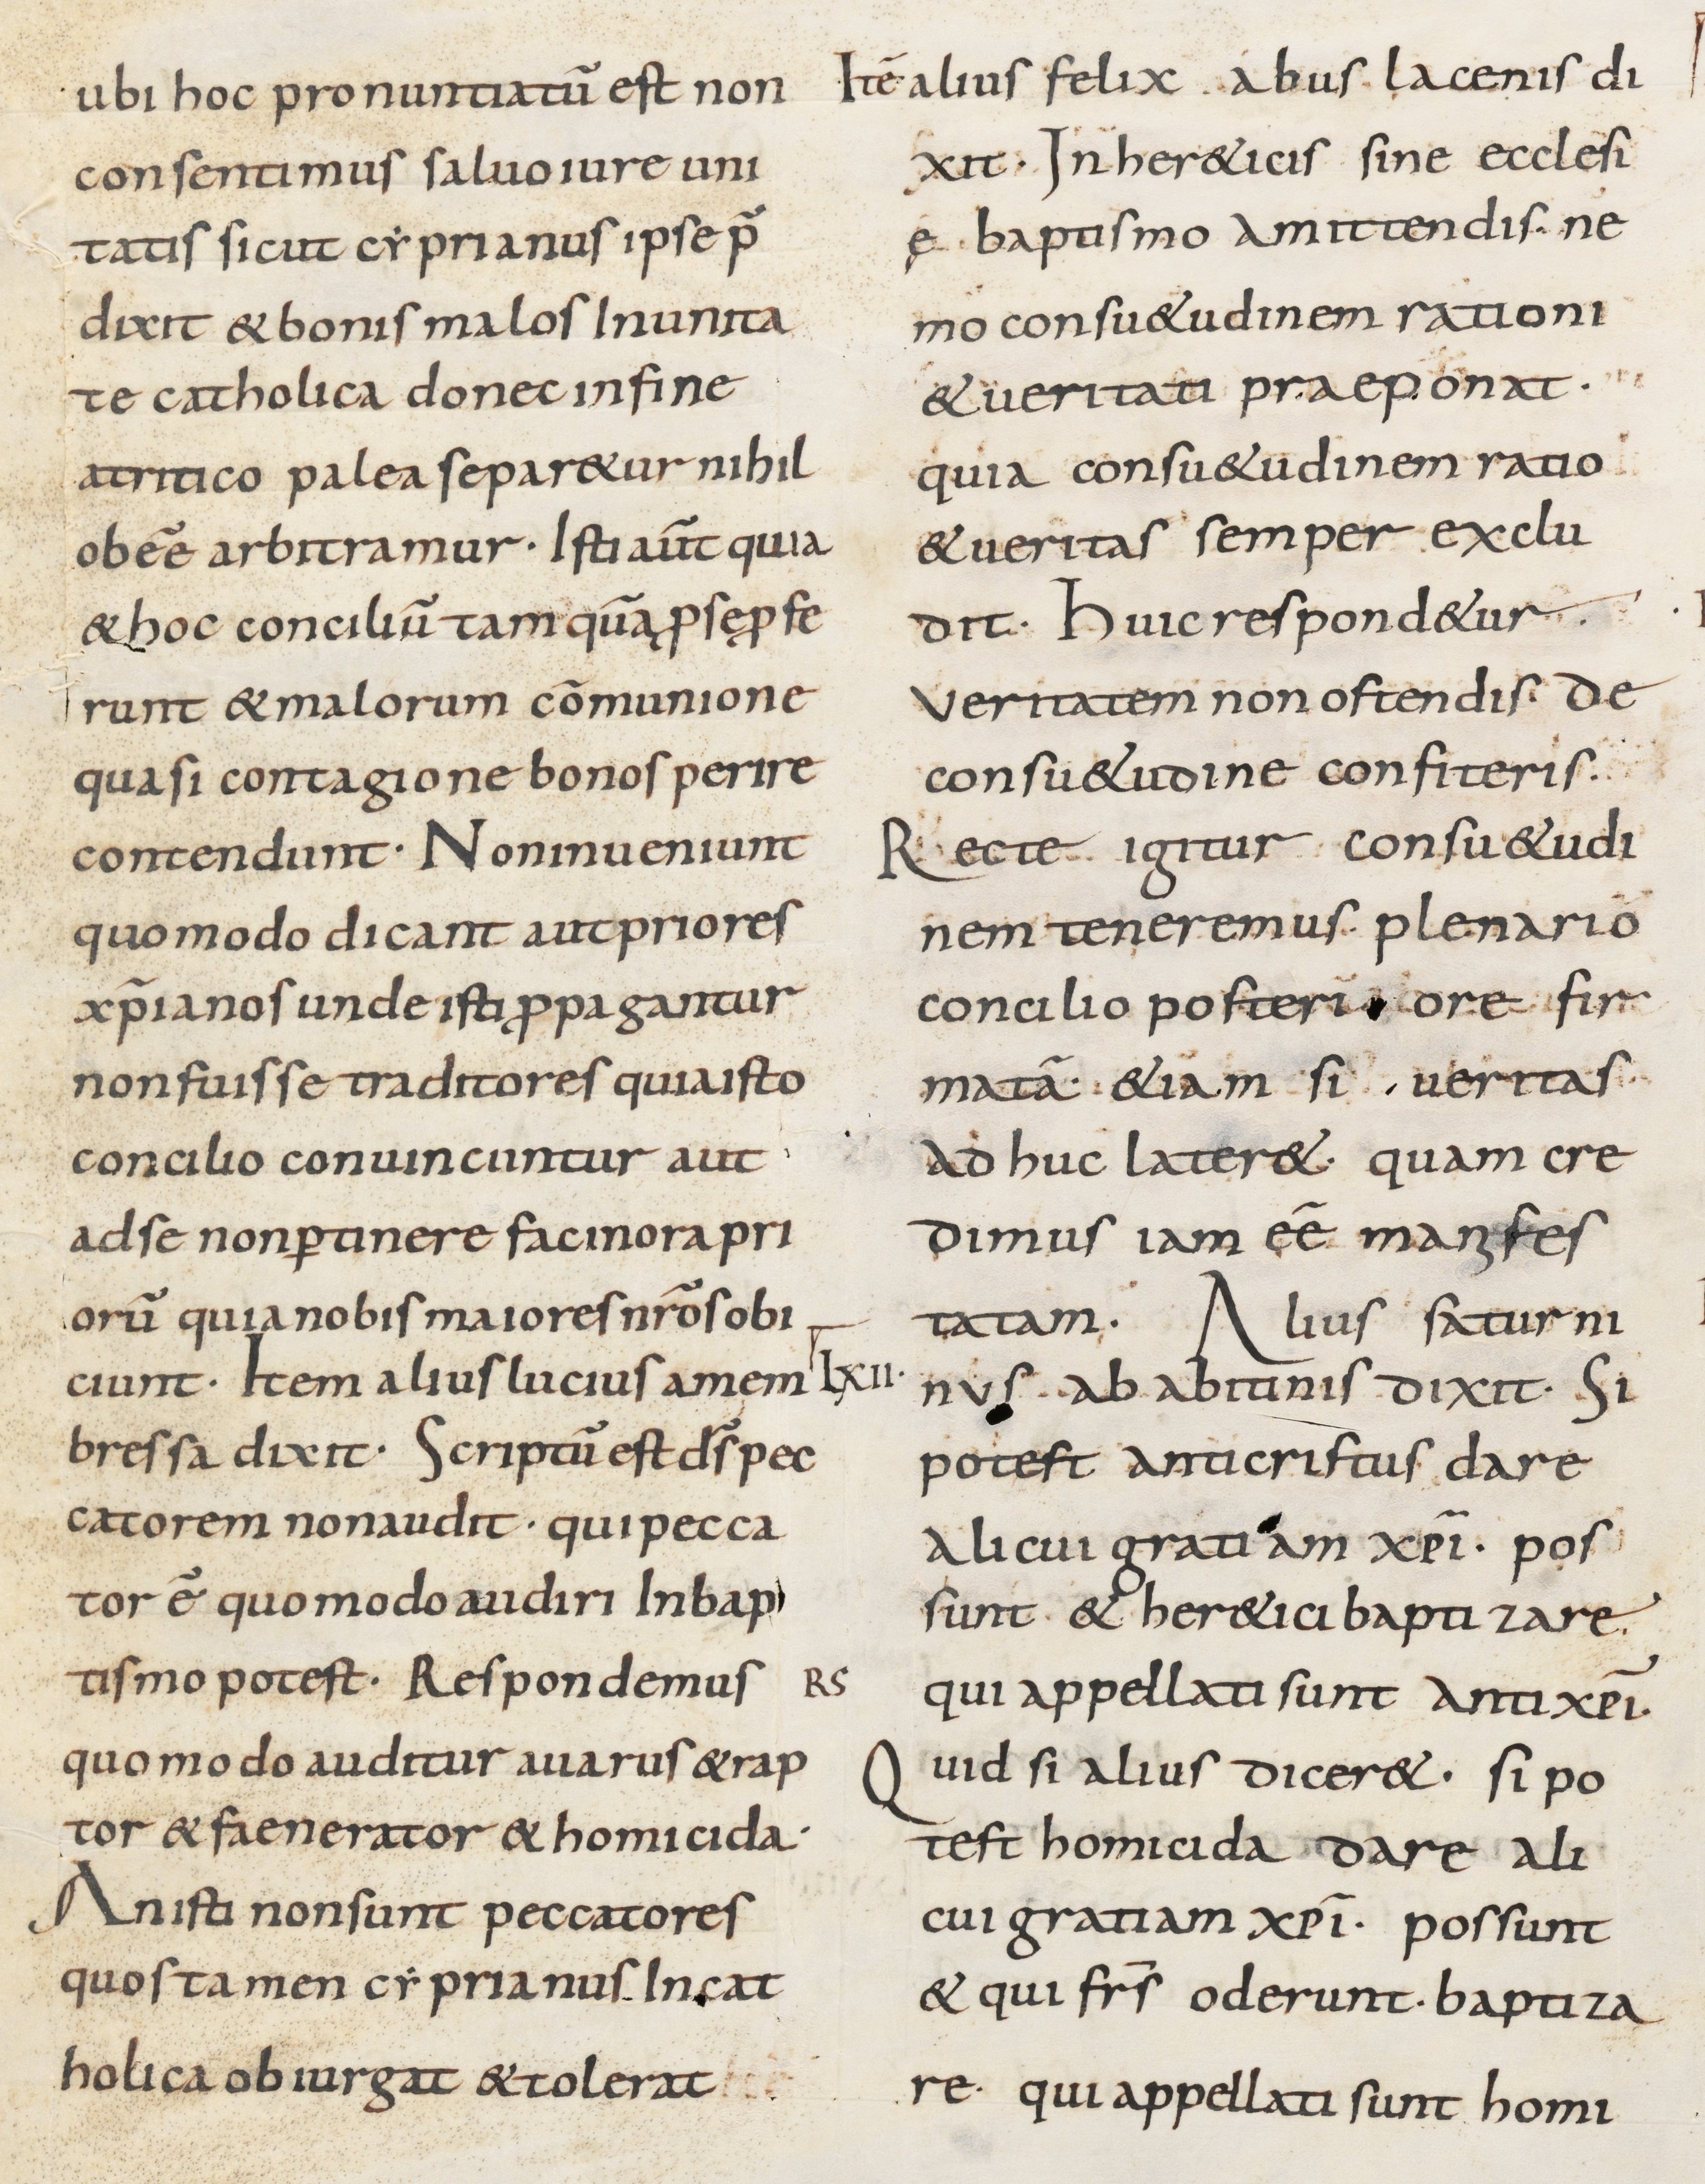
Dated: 800–899